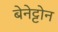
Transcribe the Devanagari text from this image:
बेनेट्टोन